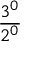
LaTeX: \frac { 3 ^ { 0 } } { 2 ^ { 0 } }